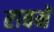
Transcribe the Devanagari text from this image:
रावने